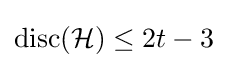
\operatorname {disc} ({\mathcal {H}})\leq 2t-3